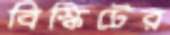
বিস্কিটের